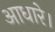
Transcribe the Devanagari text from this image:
आधारे।